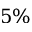
5 \%